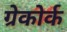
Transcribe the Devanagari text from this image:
ग्रेकोर्क